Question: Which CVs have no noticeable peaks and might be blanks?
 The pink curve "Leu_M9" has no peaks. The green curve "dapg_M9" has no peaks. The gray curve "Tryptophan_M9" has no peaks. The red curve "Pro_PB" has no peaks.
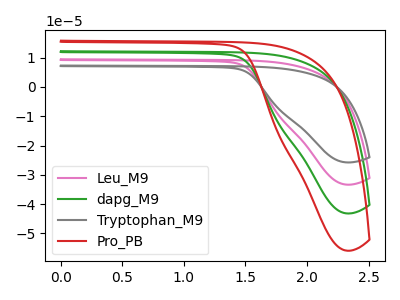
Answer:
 <answer>"Leu_M9", "dapg_M9", "Tryptophan_M9" and "Pro_PB" are likely to be blanks.</answer>
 <eval>"Leu_M9", "dapg_M9", "Tryptophan_M9", "Pro_PB"</eval>